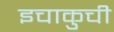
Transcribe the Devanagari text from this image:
इचाकुची